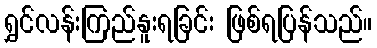
ရွှင်လန်းကြည်နူးရခြင်း ဖြစ်ရပြန်သည်။